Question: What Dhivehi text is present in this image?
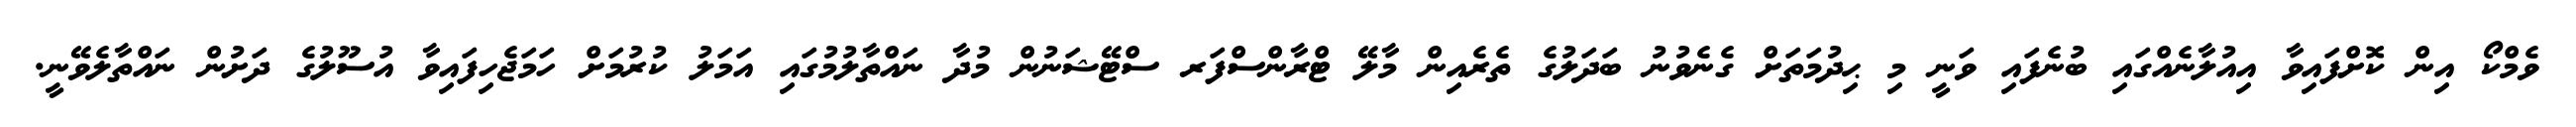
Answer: ވެމްކޯ އިން ކޮށްފައިވާ އިއުލާނެއްގައި ބުނެފައި ވަނީ މި ޙިދުމަތަށް ގެނެވުނު ބަދަލުގެ ތެރެއިން މާލޭ ޓްރާންސްފަރ ސްޓޭޝަނުން މުދާ ނައްތާލުމުގައި އަމަލު ކުރުމަށް ހަމަޖެހިފައިވާ އުސޫލުގެ ދަށުން ނައްތާލެވޭނީ.